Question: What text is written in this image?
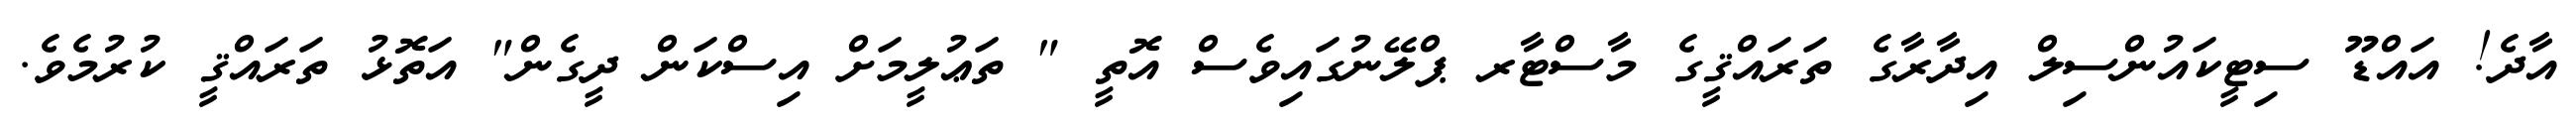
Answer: އާދެ! އައްޑޫ ސިޓީކައުންސިލް އިދާރާގެ ތަރައްޤީގެ މާސްޓާރ ޕްލޭނުގައިވެސް އޮތީ " ތަޢުލީމަށް އިސްކަން ދީގެން" އަތޮޅު ތަރައްޤީ ކުރުމެވެ.